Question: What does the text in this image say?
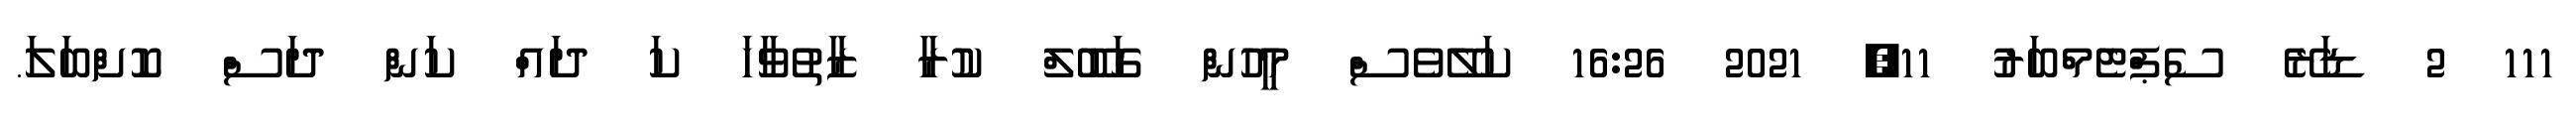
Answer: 111 2 ޑަރޭ ސެޕްޓެމްބަރު 11, 2021 16:26 ކަލޭވެސް މީހުން ގަބޫލް ކުރާ ޒާތުވާހަ ކަ ދައް ކަން ދަސް ކޮށްބަލަ.